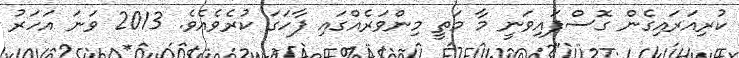
ކުރިއަރައިގެން ގޮސްފައިވަނީ މާ މަތީ މިންވަރެއްގައި ފާހަގަ ކުރެވެއެވެ. 2013 ވަނަ އަހަރު